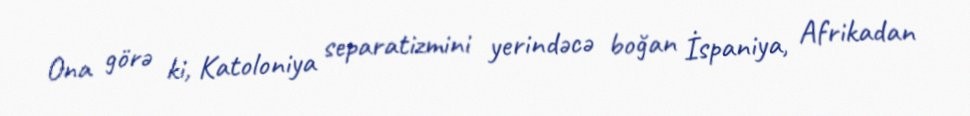
Ona görə ki, Katoloniya separatizmini yerindəcə boğan İspaniya, Afrikadan